Riigikantselei, lk 136
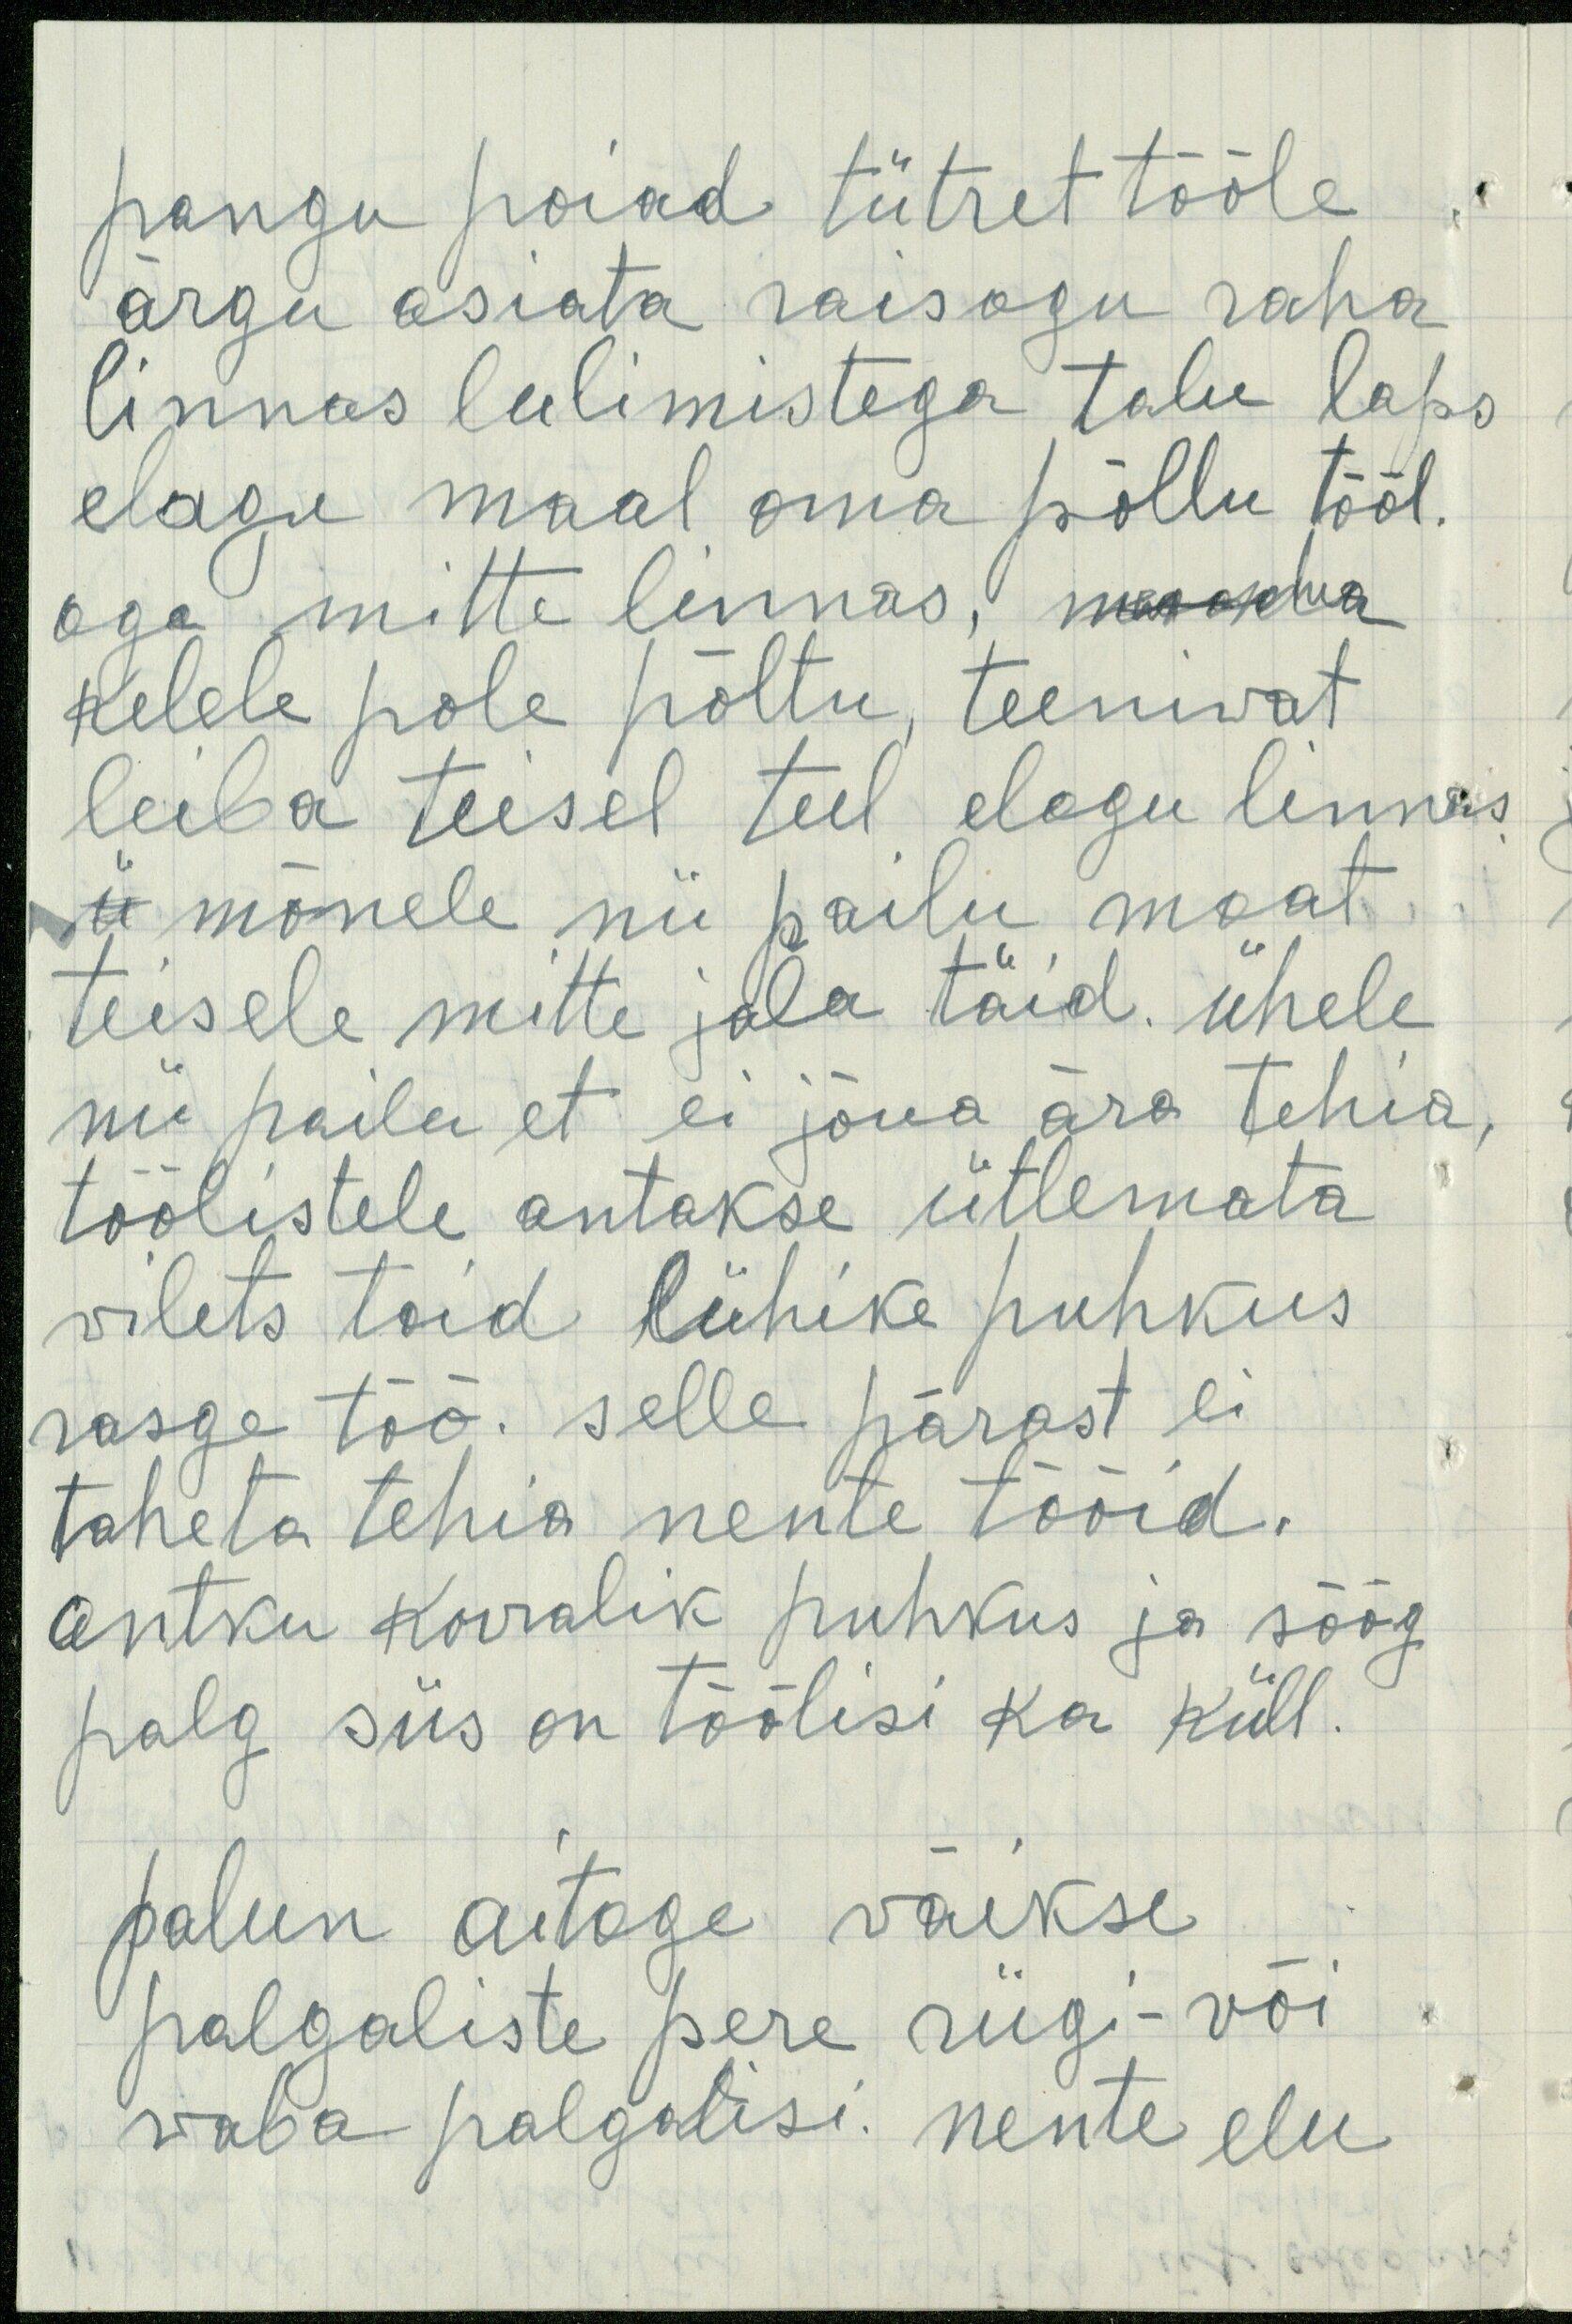
pangu poiad tütret tööle.
argu asiata raisogu raha
linnas lulimistega talu laps
elagu maal oma põllu tööl.
aga mitte linnas, maksma
kelele pole põltu, teeniwat
leiba teisel teel elagu linnas
Ü mõnele nii pailu maat
teesele mitte jala töid. ühele
nii pailu et ei jõua ära tehia,
töölistele antakse ütlemata
vilets toid lühike puhkus
rasge töö. selle pärast ei
taheta tehia nente tööid.
antku korralik puhkus ja söög
palg siis on töölisi ka küll.
palun aitage väikse
palgaliste pere riigi- või
waba palgalisi. nente elu